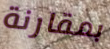
بمقارنة